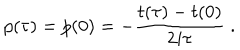
p ( \tau ) = p ( 0 ) = - { \frac { t ( \tau ) - t ( 0 ) } { 2 i \tau } } \; .